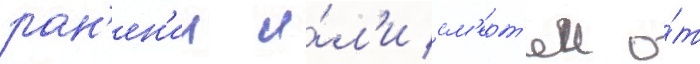
ран'ен'ии и́л'и см'ерт'еи о́т